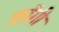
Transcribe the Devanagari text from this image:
फ्रॉगी